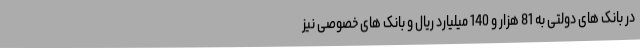
در بانک های دولتی به 81 هزار و 140 میلیارد ریال و بانک های خصوصی نیز